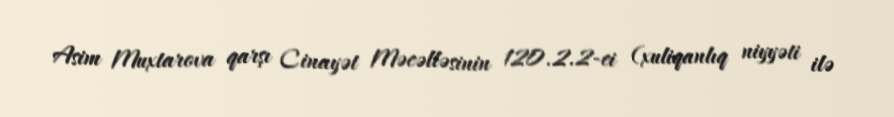
Asim Muxtarova qarşı Cinayət Məcəlləsinin 120.2.2-ci (xuliqanlıq niyyəti ilə